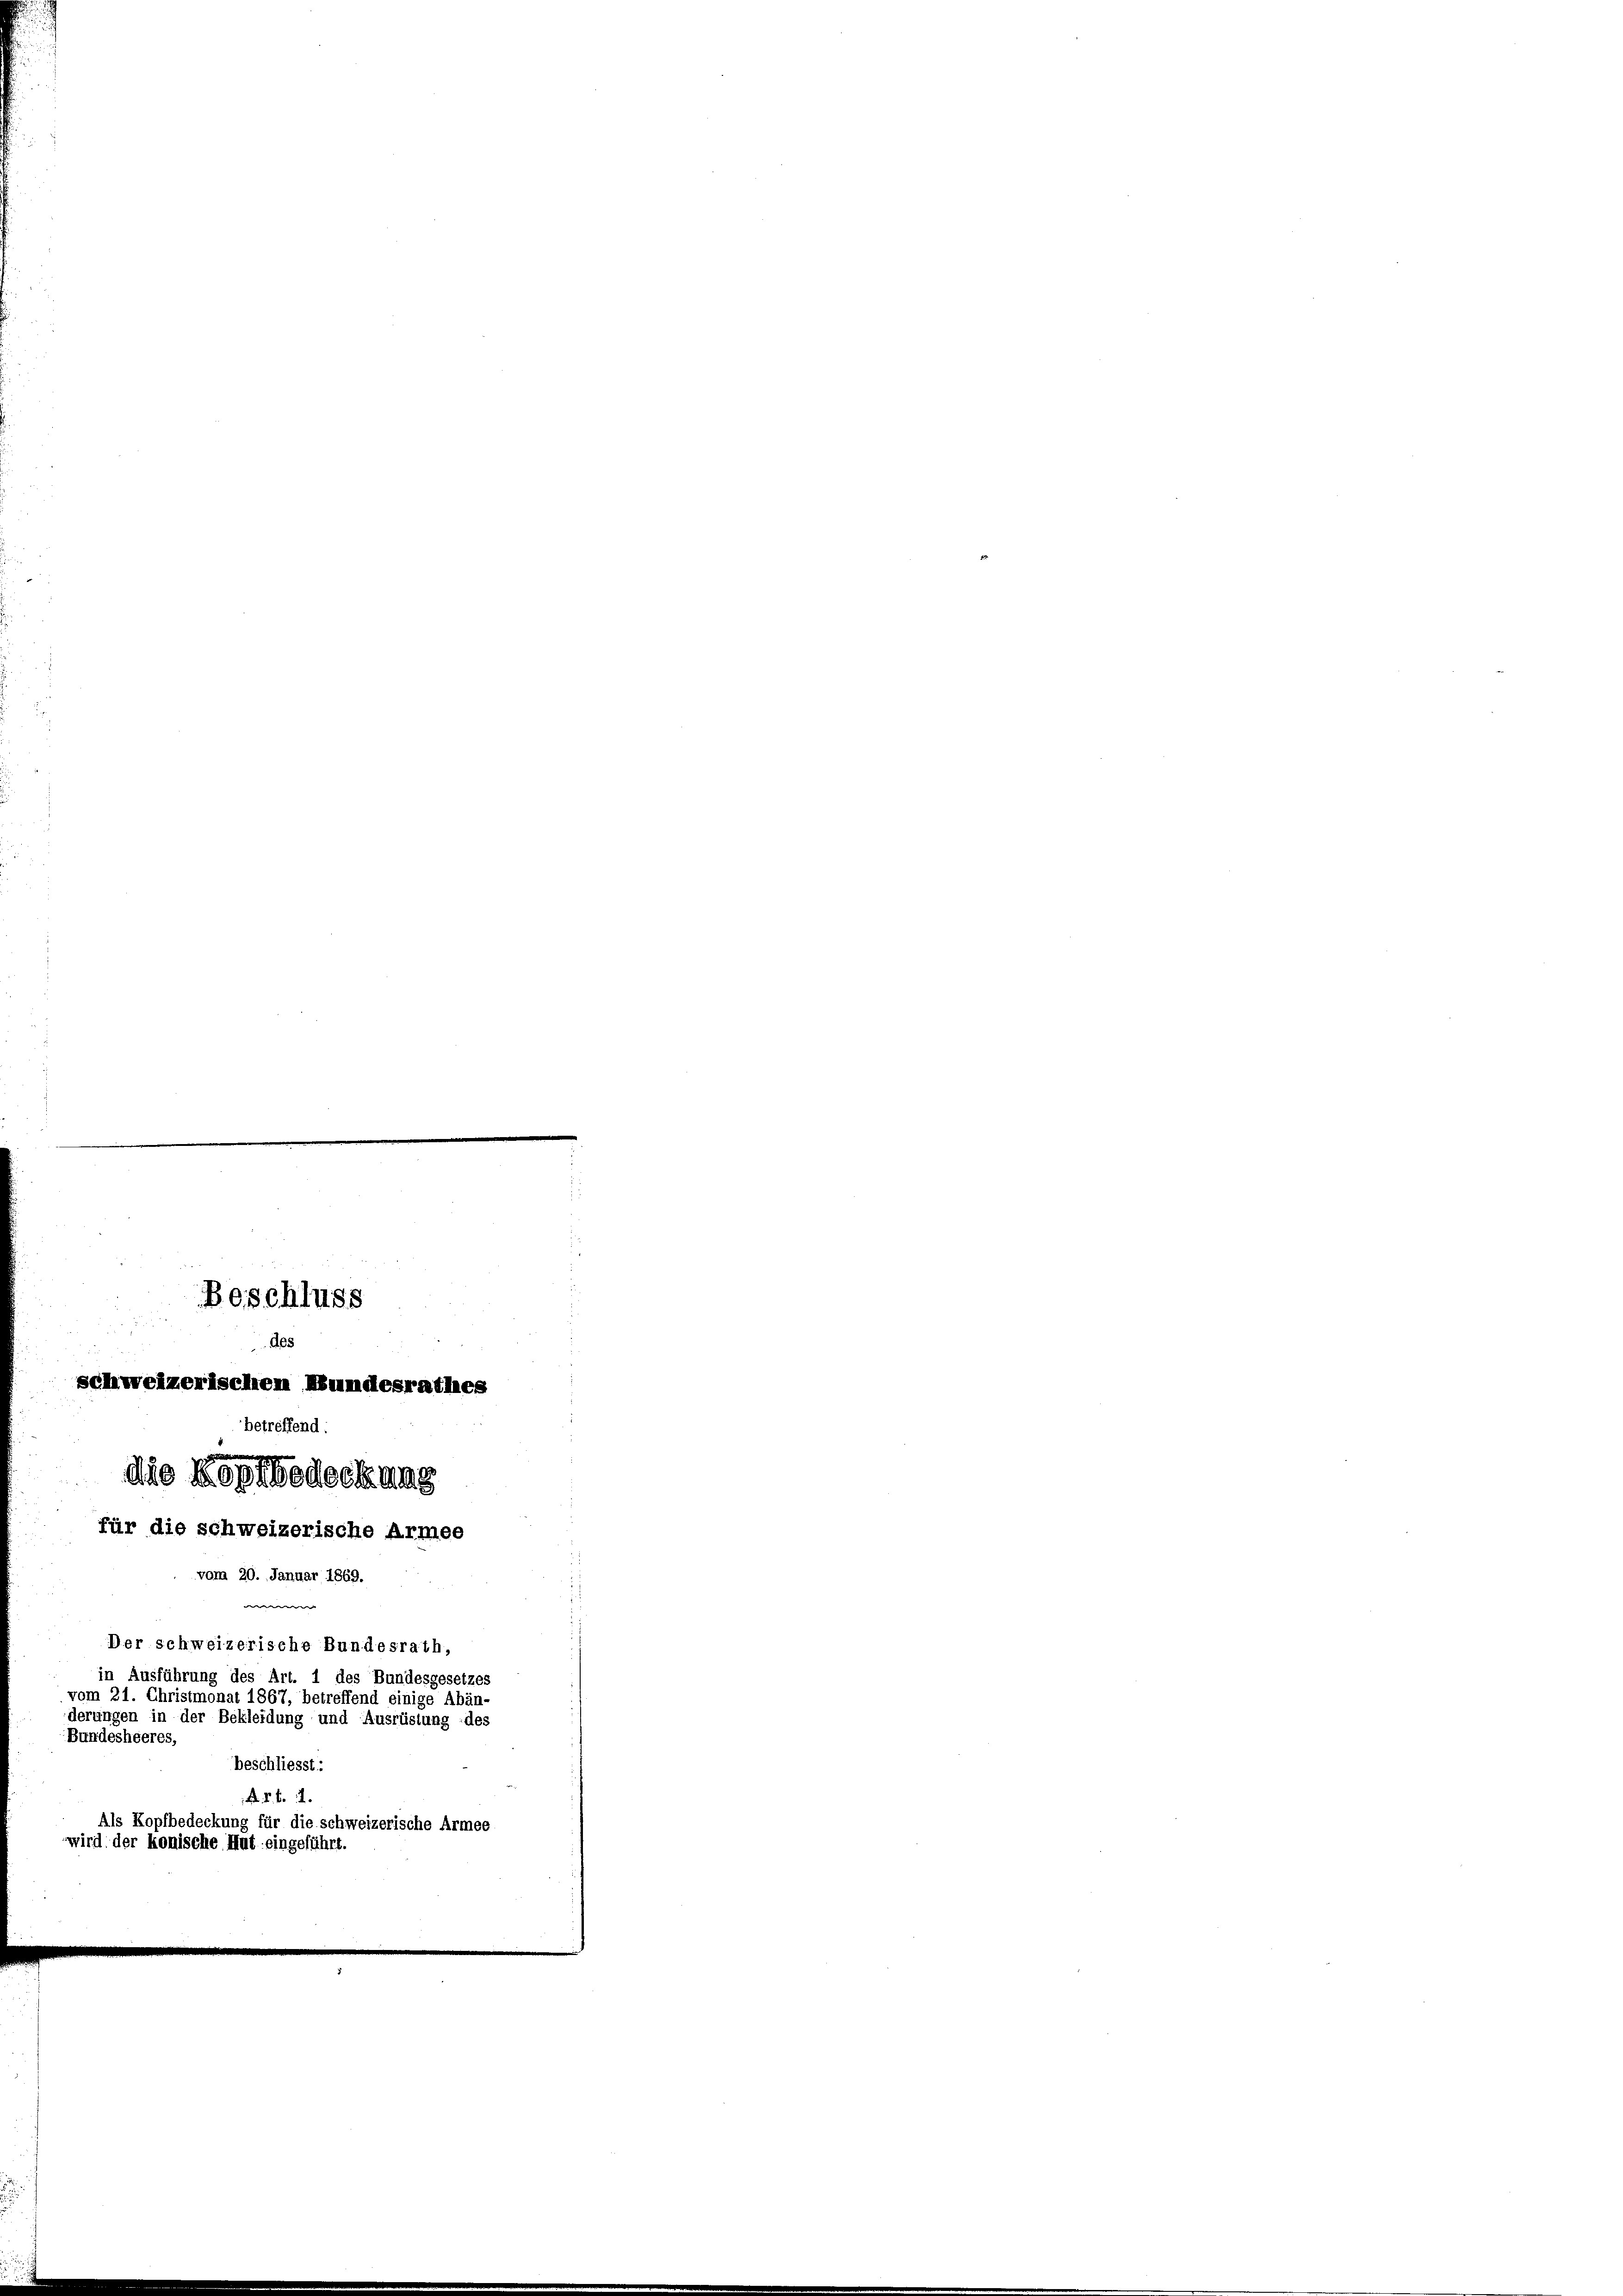
Beschluss
des
schweizerischen Kundesrathes
betreffend
die Kopfbedeckung
für die schweizerische Armee
vom 20. Januar 1869.
we
Der schweizerische Bundesrath,
in Ausführung des Art. 1 des Bundesgesetzes
vom 21. Christmonat 1867, betreffend einige Abän-
derungen in der Bekleidung und Ausrüstung des

Bundesheeres,
beschliesst:
A. B. d.
Als Kopfbedeckung für die schweizerische Armee
wird der konische Hut eingeführt.